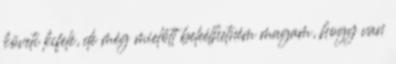
követi kifelé, de még mielőtt beleélhetném magam, hogy van